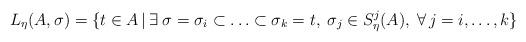
LaTeX: \begin{align*} L_\eta(A,\sigma) = \{t \in A \, | \, \exists \; \sigma = \sigma_i \subset \ldots \subset \sigma_k =t, \; \sigma_j \in S_\eta^j(A), \; \forall \, j=i,\ldots,k \}\end{align*}